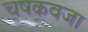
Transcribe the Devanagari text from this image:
चषकवजा